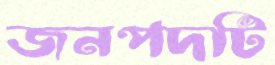
জনপদটি